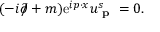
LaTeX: ( - i \partial \! \! \! / + m ) \mathrm { e } ^ { i p \cdot x } u _ { \textbf { p } } ^ { s } = 0 .